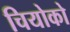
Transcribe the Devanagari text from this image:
चियोको